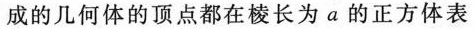
成的几何体的顶点都在棱长为a的正方体表